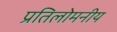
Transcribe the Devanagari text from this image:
प्रतिलोमनीय